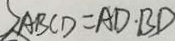
A B C D = A D \cdot B D